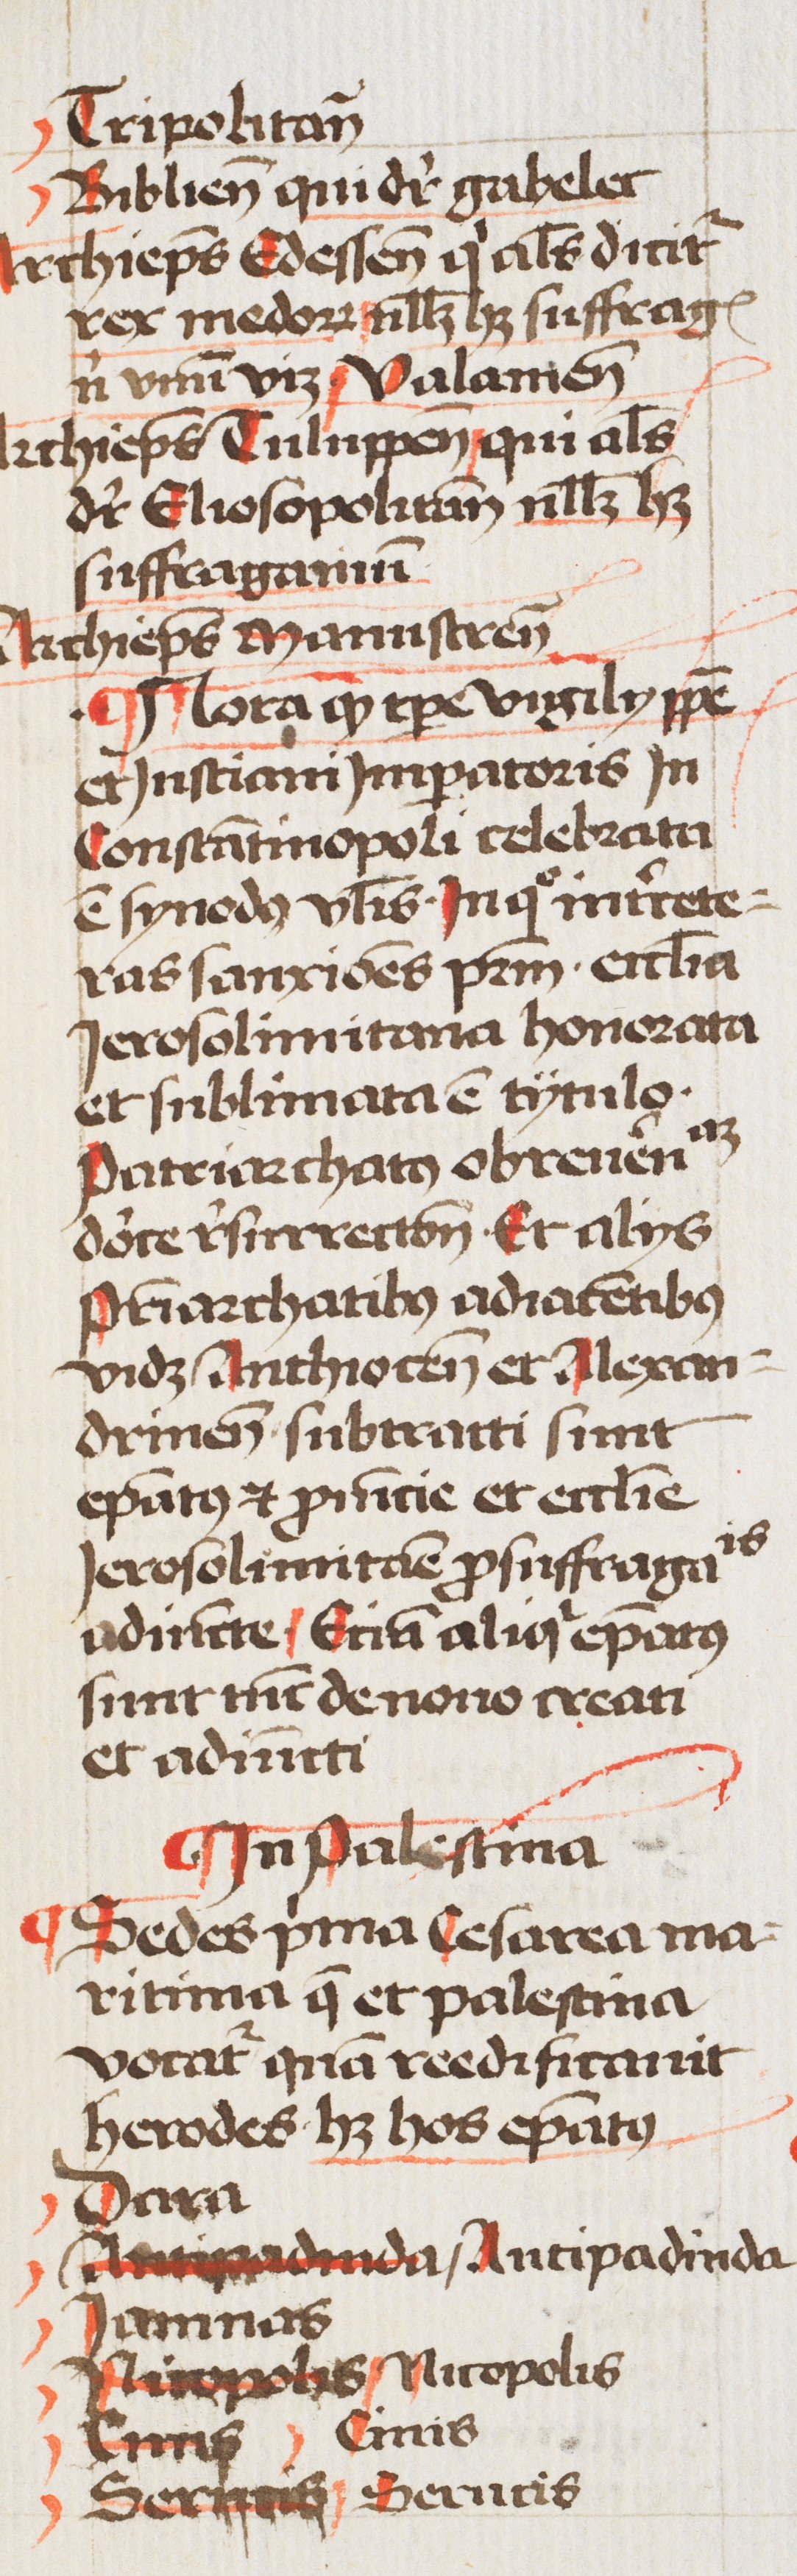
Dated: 1460–1490